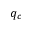
q _ { c }